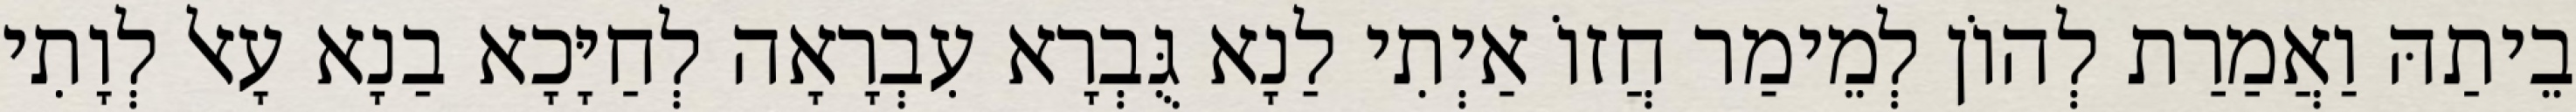
בֵיתַהּ וַאֲמַרַת לְהוֹן לְמֵימַר חֲזוֹ אַיְתִי לַנָא גֻּבְרָא עִבְרָאָה לְחַיָּכָא בַנָא עָאל לְוָתִי